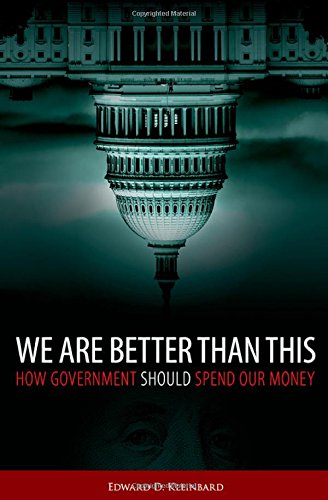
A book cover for We Are Better Than This: How Government Should Spend Our Money; Edward D. Kleinbard; Business & Money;